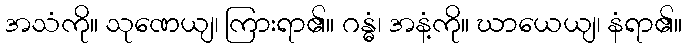
အသံကို။ သုဏေယျ၊ ကြားရာ၏။ ဂန္ဓံ၊ အနံ့ကို။ ဃာယေယျ၊ နံရာ၏။